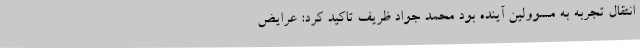
انتقال تجربه به مسوولین آینده بود محمد جواد ظریف تاکید کرد: عرایض